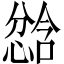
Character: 𫺾